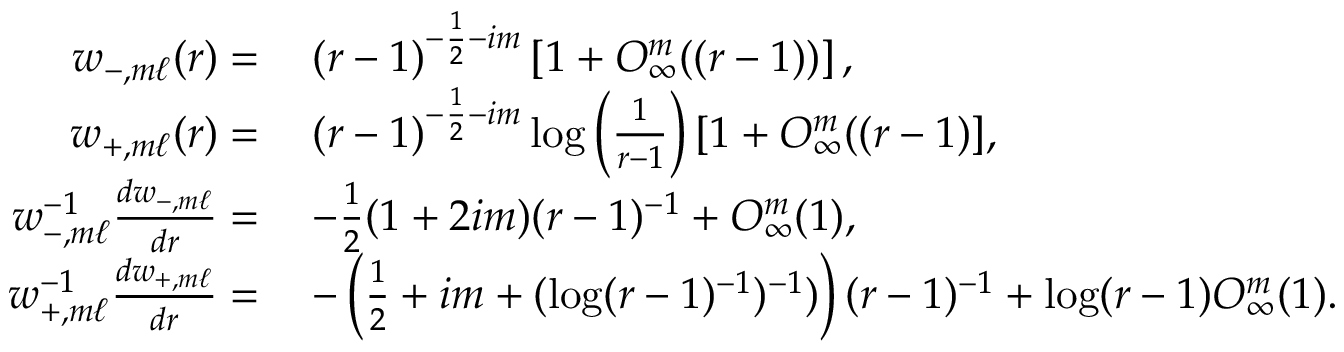
\begin{array} { r l } { w _ { - , m \ell } ( r ) = } & { \: ( r - 1 ) ^ { - \frac { 1 } { 2 } - i m } \left[ 1 + O _ { \infty } ^ { m } ( ( r - 1 ) ) \right] , } \\ { w _ { + , m \ell } ( r ) = } & { \: ( r - 1 ) ^ { - \frac { 1 } { 2 } - i m } \log \left( \frac { 1 } { r - 1 } \right) [ 1 + O _ { \infty } ^ { m } ( ( r - 1 ) ] , } \\ { w _ { - , m \ell } ^ { - 1 } \frac { d w _ { - , m \ell } } { d r } = } & { \: - \frac { 1 } { 2 } ( 1 + 2 i m ) ( r - 1 ) ^ { - 1 } + O _ { \infty } ^ { m } ( 1 ) , } \\ { w _ { + , m \ell } ^ { - 1 } \frac { d w _ { + , m \ell } } { d r } = } & { \: - \left( \frac { 1 } { 2 } + i m + ( \log ( r - 1 ) ^ { - 1 } ) ^ { - 1 } ) \right) ( r - 1 ) ^ { - 1 } + \log ( r - 1 ) O _ { \infty } ^ { m } ( 1 ) . } \end{array}